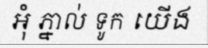
អុំ ភ្នាល់ ទូក យើង